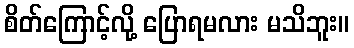
စိတ်ကြောင့်လို့ ပြောရမလား မသိဘူး။